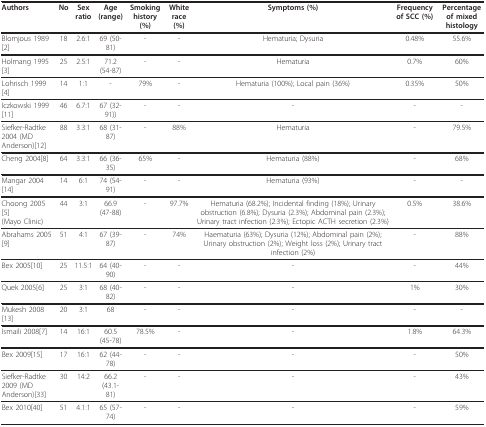
<table><thead><tr><td><b>Authors</b></td><td><b>No</b></td><td><b>Sex ratio</b></td><td><b>Age (range)</b></td><td><b>Smoking history (%)</b></td><td><b>White race (%)</b></td><td><b>Symptoms (%)</b></td><td><b>Frequency of SCC (%)</b></td><td><b>Percentage of mixed histology</b></td></tr></thead><tbody><tr><td>Blomjous 1989[2]</td><td>18</td><td>2.6:1</td><td>69 (50-81)</td><td>-</td><td>-</td><td>Hematuria; Dysuria</td><td>0.48%</td><td>55.6%</td></tr><tr><td>Holmang 1995[3]</td><td>25</td><td>2.5:1</td><td>71.2 (54-87)</td><td>-</td><td>-</td><td>Hematuria</td><td>0.7%</td><td>60%</td></tr><tr><td>Lohrisch 1999[4]</td><td>14</td><td>1:1</td><td>-</td><td>79%</td><td>-</td><td>Hematuria (100%); Local pain (36%)</td><td>0.35%</td><td>50%</td></tr><tr><td>Iczkowski 1999[11]</td><td>46</td><td>6.7:1</td><td>67 (32-91))</td><td>-</td><td>-</td><td>-</td><td>-</td><td>-</td></tr><tr><td>Siefker-Radtke 2004 (MD Anderson)[12]</td><td>88</td><td>3.3:1</td><td>68 (31-87)</td><td>-</td><td>88%</td><td>Hematuria</td><td>-</td><td>79.5%</td></tr><tr><td>Cheng 2004[8]</td><td>64</td><td>3.3:1</td><td>66 (36-35)</td><td>65%</td><td>-</td><td>Hematuria (88%)</td><td>-</td><td>68%</td></tr><tr><td>Mangar 2004[14]</td><td>14</td><td>6:1</td><td>74 (54-91)</td><td>-</td><td>-</td><td>Hematuria (93%)</td><td>-</td><td>-</td></tr><tr><td>Choong 2005[5](Mayo Clinic)</td><td>44</td><td>3:1</td><td>66.9 (47-88)</td><td>-</td><td>97.7%</td><td>Hematuria (68.2%); Incidental finding (18%); Urinary obstruction (6.8%); Dysuria (2.3%); Abdominal pain (2.3%); Urinary tract infection (2.3%); Ectopic ACTH secretion (2.3%)</td><td>0.5%</td><td>38.6%</td></tr><tr><td>Abrahams 2005[9]</td><td>51</td><td>4:1</td><td>67 (39-87)</td><td>-</td><td>74%</td><td>Haematuria (63%); Dysuria (12%); Abdominal pain (2%); Urinary obstruction (2%); Weight loss (2%); Urinary tract infection (2%)</td><td>-</td><td>88%</td></tr><tr><td>Bex 2005[10]</td><td>25</td><td>11.5:1</td><td>64 (40-90)</td><td>-</td><td>-</td><td>-</td><td>-</td><td>44%</td></tr><tr><td>Quek 2005[6]</td><td>25</td><td>3:1</td><td>68 (40-82)</td><td>-</td><td>-</td><td>-</td><td>1%</td><td>30%</td></tr><tr><td>Mukesh 2008[13]</td><td>20</td><td>3:1</td><td>68</td><td>-</td><td>-</td><td>-</td><td>-</td><td>-</td></tr><tr><td>Ismaili 2008[7]</td><td>14</td><td>16:1</td><td>60.5 (45-78)</td><td>78.5%</td><td>-</td><td>-</td><td>1.8%</td><td>64.3%</td></tr><tr><td>Bex 2009[15]</td><td>17</td><td>16:1</td><td>62 (44-78)</td><td>-</td><td>-</td><td>-</td><td>-</td><td>50%</td></tr><tr><td>Siefker-Radtke 2009 (MD Anderson)[33]</td><td>30</td><td>14:2</td><td>66.2 (43.1-81)</td><td>-</td><td>-</td><td>-</td><td>-</td><td>43%</td></tr><tr><td>Bex 2010[40]</td><td>51</td><td>4.1:1</td><td>65 (57-74)</td><td>-</td><td>-</td><td>-</td><td>-</td><td>59%</td></tr></tbody></table>